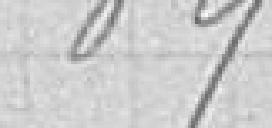
1927,89